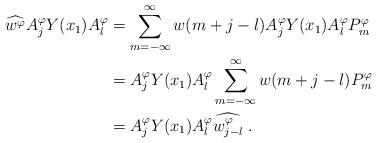
LaTeX: \begin{align*} \widehat{w^{\varphi}}A_{j}^{\varphi}Y(x_{1})A_{l}^{\varphi} &=\sum_{m=-\infty}^{\infty}w(m+j-l)A_{j}^{\varphi}Y(x_{1})A_{l}^{\varphi}P_{m}^{\varphi} \\&=A_{j}^{\varphi}Y(x_{1})A_{l}^{\varphi}\sum_{m=-\infty}^{\infty}w(m+j-l)P_{m}^{\varphi} \\&=A_{j}^{\varphi}Y(x_{1})A_{l}^{\varphi}\widehat{w_{j-l}^{\varphi}}\;.\end{align*}